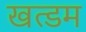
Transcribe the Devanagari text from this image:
खत्डम